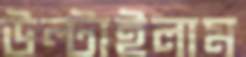
উল্‌টাইলাম